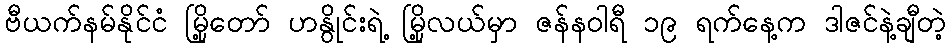
ဗီယက်နမ်နိုင်ငံ မြို့တော် ဟနွိုင်းရဲ့ မြို့လယ်မှာ ဇန်နဝါရီ ၁၉ ရက်နေ့က ဒါဇင်နဲ့ချီတဲ့